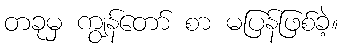
တခုမှ ကျွန်တော် စာ မပြန်ဖြစ်ခဲ့။